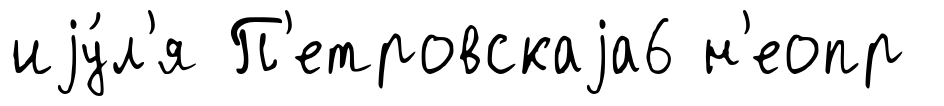
иjу́л'я П'етровскаjа6 н'еопр